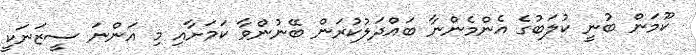
ކޫމަން ބުނީ ކުލަބުގެ އެންމެންނާ ބައްދަލުކުރަން ބޭނުންވާ ކަމަށާއި މި އަންނަ ސީޒަނަކީ